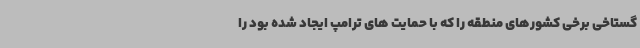
گستاخی برخی کشورهای منطقه را که با حمایت های ترامپ ایجاد شده بود را